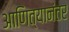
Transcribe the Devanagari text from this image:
आणित्यानंतर